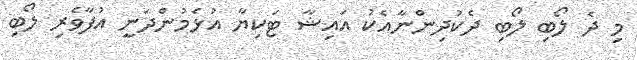
މި ދެ ލޯބި ލޯބި ދެކުދިންނާއެކު އައިޝާ ޓަކިޔާ އުޅެމުންދަނީ އުފާވެރި ލޯބި